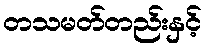
တသမတ်တည်းနှင့်